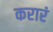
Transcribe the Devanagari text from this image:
करारं